Civil Veterinary Department. Madras. Admin. report 1910-25 - 1910-1925
Year: 1910
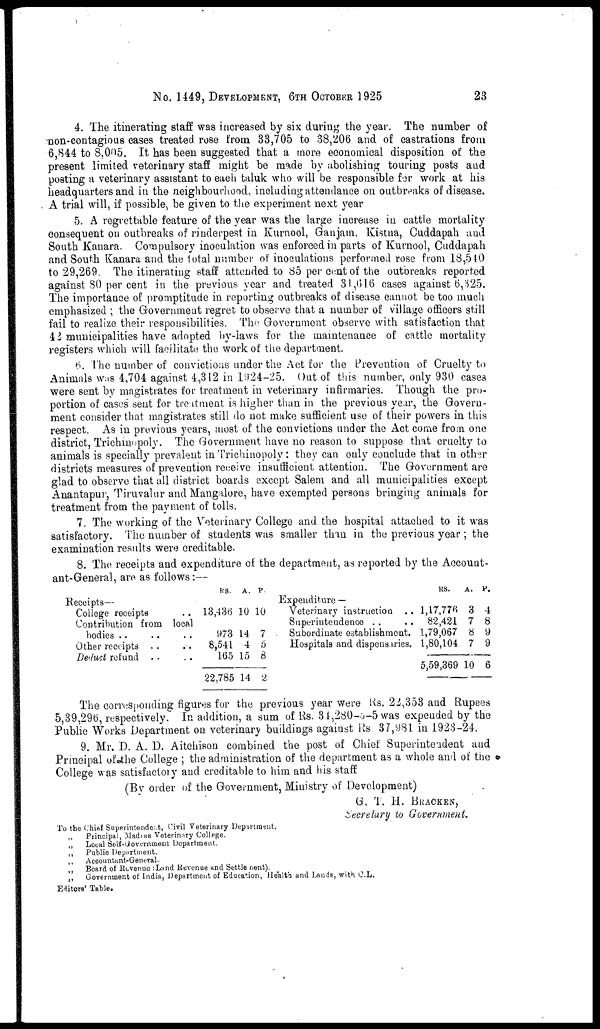
No. 1449, DEVELOPMENT, 6TH OCTOBER 1925
23
4. The itinerating staff was increased by six during the year. The number of
non-contagious cases treated rose from 33,705 to 38,206 and of castrations from
6,844 to 8,005. It has been suggested that a more economical disposition of the
present limited veterinary staff might be made by abolishing touring posts and
posting a veterinary assistant to each taluk who will be responsible far work at his
headquarters and in the neighbourhood, including attendance on outbreaks of disease.
A trial will, if possible, be given to the experiment next year
5. A regrettable feature of the year was the large increase in cattle mortality
consequent on outbreaks of rinderpest in Kurnool, Gaujam. Kistna, Cuddapah and
South Kanara. Compulsory inoculation was enforced in parts of Kurnool, Cuddapah
and South Kanara and the total number of inoculations performed rose from 13,5 40
to 29,269. The itinerating staff attended to 85 per cent of the outorealcs reported
against SO per cent in the previous year and treated 31,616 cases against 6,325.
The importance of promptitude in reporting outbreaks of disease cannot be too much
emphasized; the Government regret to observe that a number of village officers still
fail to realize their responsibilities. The Government observe with satisfaction that
42 municipalities have adopted by-laws for the maintenance of cattle mortality
registers which will facilitate the work of the department.
6. The number of convictions under the Act for the Prevention of Cruelty to
Animals was 4,704 against 4,312 in 1924-25. Out of this number, only 930 cases
were sent by magistrates for treatment in veterinary infirmaries. Though the pro-
portion of cases sent for treatment is higher than in the previous year, the Govern-
ment consider that magistrates still do not make sufficient use of their powers in this
respect. As in previous years, most of the convictions under the Act come from one
district, Trichinopoly. The Government have no reason to suppose that cruelty to
animals is specially prevalent in Trichinopoly: they can only conclude that in other
districts measures of prevention receive insufficient attention. The Government are
glad to observe that all district boards except Salem and all municipalities except
Anantapur, Tiruvalur and Mangalore, have exempted persons bringing animals for
treatment from the payment of tolls.
7. The working of the Veterinary College and the hospital attached to it was
satisfactory. The number of students was smaller than in the previous year; the
examination results were creditable.
8. The receipts and expenditure of the department, as reported by the Account-
ant-General, are as follows:—
Receipts—
College receipts ..
Contribution from local
bodies .. .. ..
Other receipts .. ..
Deduct refund .. ..
RS.
13,436
973
8,541
165
22,785
A.
10
14
4
15
14
P.
10
7
5
6
2
Expenditure —
Veterinary instruction
..
Superintendence .. ..
Subordinate establishment.
Hospitals and dispensaries.
RS.
1,17,776
82,421
1,79,067
1,80,104
5,59,369
A.
3
7
8
7
10
P.
4
8
9
9
6
The corresponding figures for the previous year were Rs. 22,353 and Rupees
5,39,29b, respectively. In addition, a sum of Rs. 34,280-0-5 was expended by the
Public Works Department on veterinary buildings against lis 37,981 in 1923-24.
9. Mr. D. A. D. Aitchison combined the post of Chief Superintendent and
Principal of the College; the administration of the department as a whole and of the
College was satisfactory and creditable to him and his staff
(By order of the Government, Ministry of Development)
G. T. H. BRACKEN,
Secretary to Government.
To the Chief Superintendent, Civil Veterinary Department.
Principal, Madras Veterinary College.
„
Local Self-Government Department.
„ Public Department.
„
Accountant-General.
„
Board of Revenue Land Revenue and Settle nent).
„
Government of India, Department of Education, Healta and Lands, with C.L.
Editors' Table.